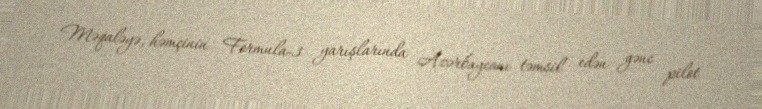
Məqaləyə, həmçinin Formula-3 yarışlarında Azərbaycanı təmsil edən gənc pilot